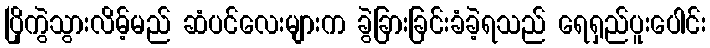
ပြိုကွဲသွားလိမ့်မည် ဆံပင်လေးများက ခွဲခြားခြင်းခံခဲ့ရသည် ရေရှည်ပူးပေါင်း